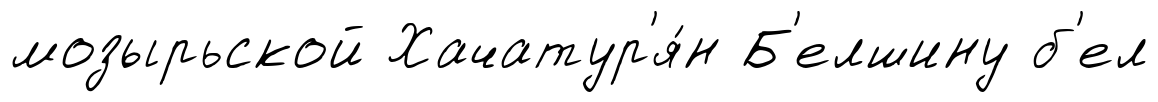
мозырьской Хачатур'я́н Б'елшину б'ел